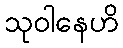
သုဝါနေဟိ